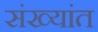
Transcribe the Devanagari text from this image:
संख्यांत